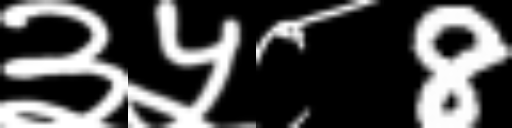
Text: ३५८8